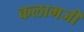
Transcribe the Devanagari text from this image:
कलामजी